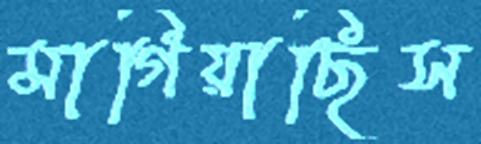
মাগিয়াছিস